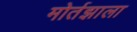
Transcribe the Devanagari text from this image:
मोर्तझाला